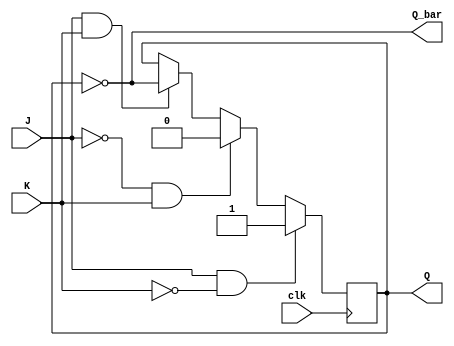
module jk_flip_flop (
  input wire J, 
  input wire K, 
  input wire clk, 
  output reg Q, 
  output reg Q_bar
);

  always @ (posedge clk) begin
    if (J & !K) begin // Set mode
      Q <= 1;
    end else if (!J & K) begin // Reset mode
      Q <= 0;
    end else if (J & K) begin // Toggle mode
      Q <= ~Q;
    end else begin // Hold mode
      Q <= Q;
    end
  end

  assign Q_bar = ~Q;

endmodule